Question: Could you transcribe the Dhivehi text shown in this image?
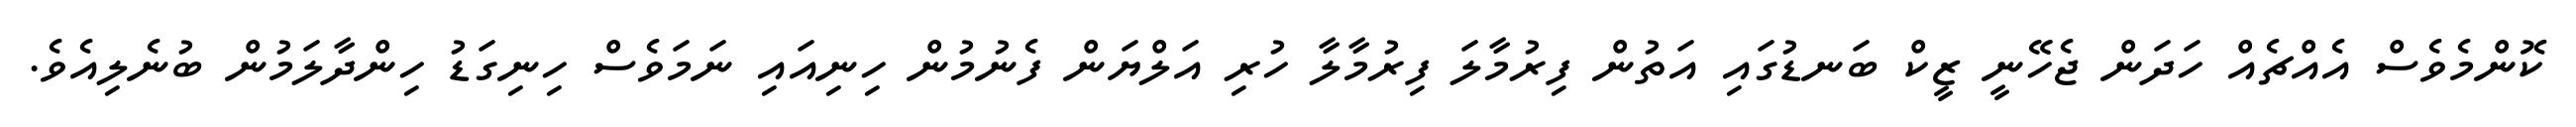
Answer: ކޮންމެވެސް އެއްޗެއް ހަދަން ޖެހޭނީ ޒީކް ބަނޑުގައި އަތުން ފިރުމާލަ ފިރުމާލާ ހުރި އަލްޔަން ފެނުމުން ހިނިއައި ނަމަވެސް ހިނިގަޑު ހިންދާލަމުން ބުނެލިއެވެ.